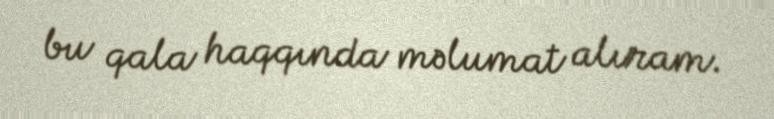
bu qala haqqında məlumat alıram.